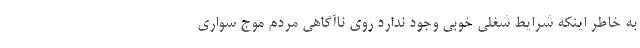
به خاطر اینکه شرایط شغلی خوبی وجود ندارد روی ناآگاهی مردم موج سواری